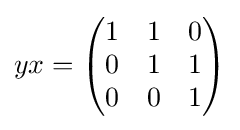
yx={\begin{pmatrix}1&1&0\\0&1&1\\0&0&1\end{pmatrix}}